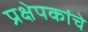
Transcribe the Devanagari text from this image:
प्रक्षेपकांचे